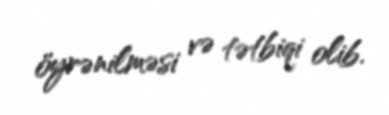
öyrənilməsi və tətbiqi olib.